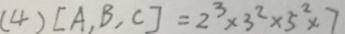
( 4 ) [ A , B , C ] = 2 ^ { 3 } \times 3 ^ { 2 } \times 5 ^ { 2 } \times 7